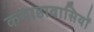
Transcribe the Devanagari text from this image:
कनाडावासियों